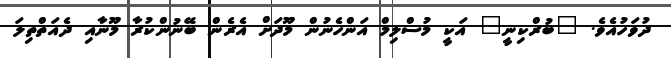
ދުވަހުއެވެ. "ބުރްކިނީ" އަކީ މުސްލިމް އަންހެނުން މޫދަށް އެރެން ބޭނުންކުރާ މޫނާއި ދެއަތްތިލަ